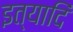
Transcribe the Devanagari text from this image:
इत्यादिं